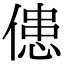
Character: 𠌼